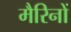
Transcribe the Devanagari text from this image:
मैरिनों